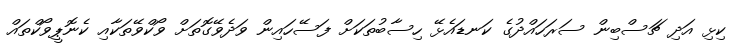
ކިޅި އަދި ޗަސްބިން ސަރަހައްދުގެ ކަނޑައެޅޭ ހިސާބުތަކަށް ފަސޭހައިން ވަދެވޭގޮތަށް ވޯކްވޭތަކާއި ކެނޮޕީވޯކްތައް